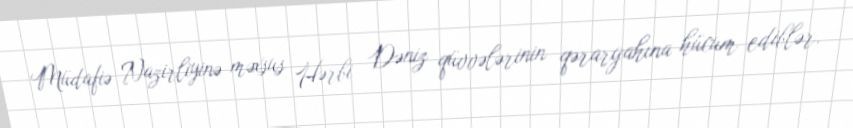
Müdafiə Nazirliyinə məxsus Hərbi Dəniz qüvvələrinin qərargahına hücum ediblər.